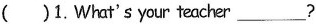
()1.What's your teacher___?